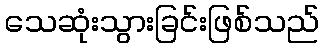
သေဆုံးသွားခြင်းဖြစ်သည်